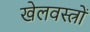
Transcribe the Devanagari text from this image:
खेलवस्त्रों